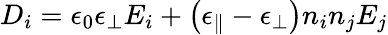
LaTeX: D_{i}=\epsilon_{0}\epsilon_{\bot}E_{i}+\left(\epsilon_{\parallel}-\epsilon_{\bot}\right)n_{i}n_{j}E_{j}